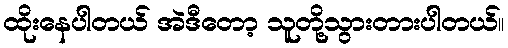
ထိုးနေပါတယ် အဲဒီတော့ သူတို့သွားတားပါတယ်။